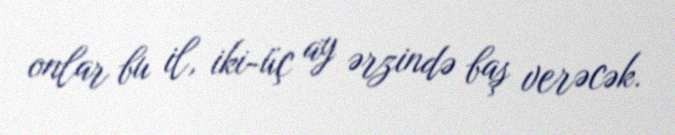
onlar bu il, iki-üç ay ərzində baş verəcək.